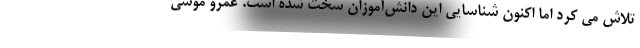
تلاش می کرد اما اکنون شناسایی این دانش‌آموزان سخت شده است. عمرو موسی